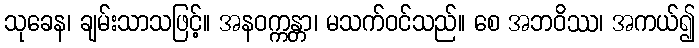
သုခေန၊ ချမ်းသာသဖြင့်။ အနဝက္ကန္တာ၊ မသက်ဝင်သည်။ စေ အဘဝိဿ၊ အကယ်၍